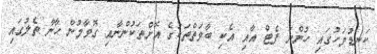
ކަނޑުމަހުގައި ހުންނަ ފެޓް އާއި އެކި ބާވަތްތަކުގެ އޮށްތަކުންނާއި ގޮވާމުން ހާނާ ތެލުގައި